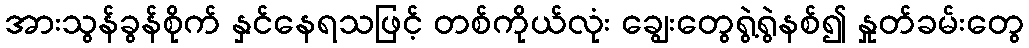
အားသွန်ခွန်စိုက် နှင်နေရသဖြင့် တစ်ကိုယ်လုံး ချွေးတွေရွဲ့ရွဲနစ်၍ နှုတ်ခမ်းတွေ